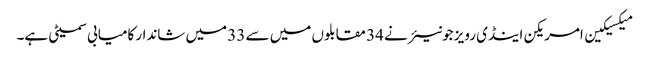
میکسیکین امریکن اینڈی رویز جونیئر نے 34 مقابلوں میں سے 33 میں شاندار کامیابی سمیٹی ہے۔